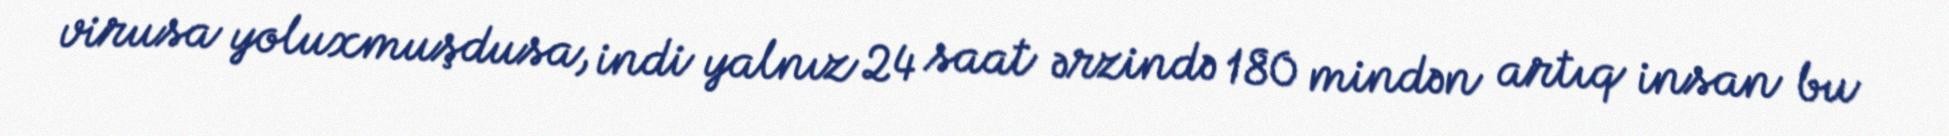
virusa yoluxmuşdusa, indi yalnız 24 saat ərzində 180 mindən artıq insan bu